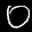
Digit: 0